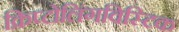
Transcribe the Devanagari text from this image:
क्रिप्टोलिंगविस्टिक